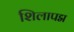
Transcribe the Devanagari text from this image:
शिलापद्म